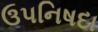
ઉપનિષદા